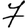
Digit: 7